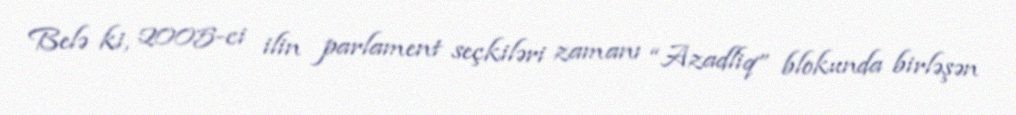
Belə ki, 2005-ci ilin parlament seçkiləri zamanı “Azadliq” blokunda birləşən